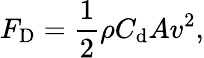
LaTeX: F_{\mathrm{D}}={\frac{1}{2}}\rho C_{\mathrm{d}}Av^{2},